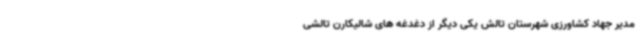
مدیر جهاد کشاورزی شهرستان تالش یکی دیگر از دغدغه های شالیکارن تالشی